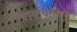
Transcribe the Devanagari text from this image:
वास्तवतेवर